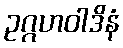
ဥဂ္ဂဟဝါဒိနံ